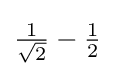
{\textstyle {\frac {1}{\sqrt {2}}}-{\frac {1}{2}}}